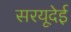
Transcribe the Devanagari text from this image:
सरयूदेई